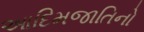
આદિમજાતિનો